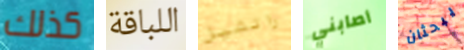
كذلك اللباقة راتشيل أصابني يبحثان